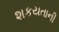
શકયતાની